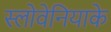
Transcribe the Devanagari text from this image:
स्लोवेनियाके